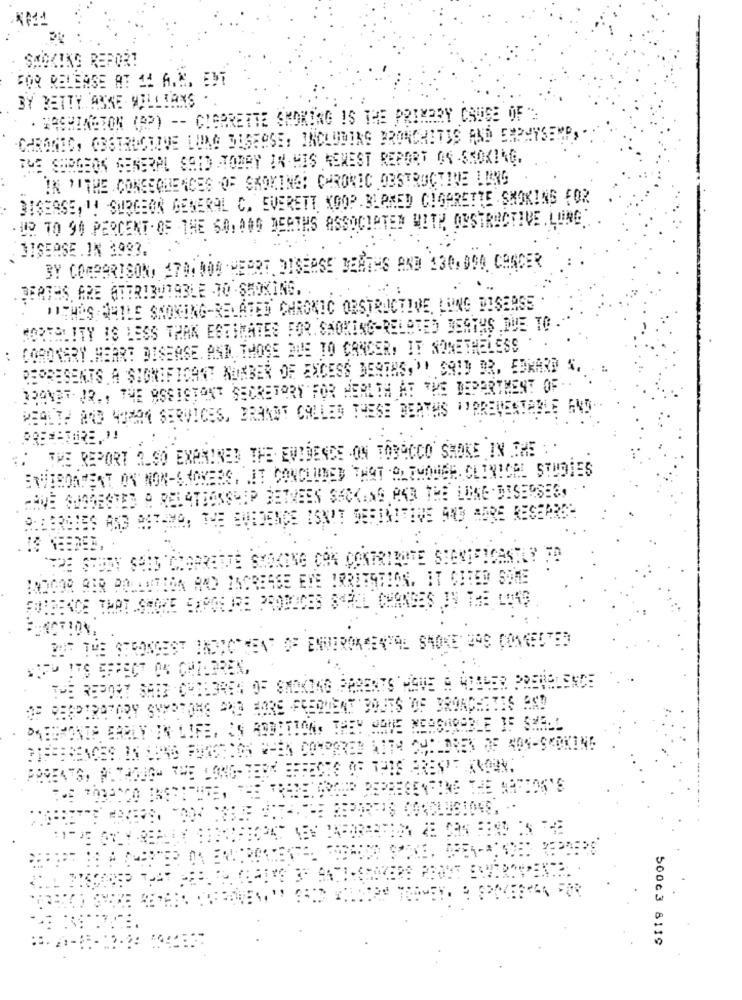
SMOKING REPORT
FOR RELEASE AT 11 A.M. EDT
BY BETTY ASKE WILLIANS . .
. WASHINGTON (AP) -- CIGARETTE SMOKING IS THE PRIMARY CAUSE OF '
CHRONIC, OBSTRUCTIVE LUNG DISEASE, INCLUDING BRONCHITIS AND EMPHYSEMA
THE SURGEON GENERAL SAID TODAY IN HIS MENEST REPORT ON -SMOKING.
IN 'ITHE CONSEQUENCES OF SKOKING! CHRONIC OBSTRUCTIVE LUNG
DISEASE, 1! SURGEON GENERAL C. EVERETT KOOP. BLAMED CIGARETTE SMOKING FOR
- UD TO 90 PERCENT. OF THE 60, 0OG DEATHS ASSOCIATED WITH OYSTRUCTIVE . LONG"
DISEASE . IN 3993.
BY COMPARISON, 47DINOS HEBRE. DISEASE DEATHS AND 130.000 CANCER
. DEATHS ARE ATTRIBUTABLE TO SMOKING.
. ...
"ITHAS QUILE SKONING-RELATED CHRONIC OBSTRUCTIVE, LUNG DISEASE
MORTALITY IS LESS THAN ESTIMATES FOR. SMOKING-RELATED DEATHS DUE TO -
CORONARY .HERRE DISEASE, AND THOSE DUE TO CANCER. IT NONETHELESS
REPRESENTS A SIGNIFICANT NUMBER OF EXCESS BESONS," SAID BR, EDKARD S.
JOANOF JR ., THE ASSISTANT SECRETARY FOR HEALTH AT THE DEPARTMENT OF ..
WEALTH AND WOHN SERVICES, BRANDT CALLED THESE DEATHS "PREVENTABLE AND
PRE == TORE ,!!
THE REPORT 2.90 EXAMINED THE EVIDENCE -ON TOBACCO SHOKE IN IME : .
EWIRONMENT ON NON-SHOWERS, IT CONCLUDED THAT ALTHOUGH. CLINICAL STUDIES
HAVE SUGGESTED A RELATIONSHIP BETWEEN SACKING PAR THE LUNG DISERSES,
ALBERGUES AND ASTHMA; THE EVIDENCE ISN'T DEFINITIVE AND MORE RESEPRS'
BROGOR BER POLLUTION AND INCREASE EYE IRRITSTION. IT CITED SOME
EVIDENCE THAT SMOKE EXPOSURE PRODUCES SAHEL CHANGES IN THE L:49
WIRD ITS SFFECT ON CHILDREN,
THE REPORT SHED CHILDREN OF SMOKING PARENTS HAVE A WOBLER PRENBLENDE
OF RESPIRATORY SYMPTOMS AND MORE FREQUENT BOUTS OF BRONCHITIS AND
EN LIFE,
EN RODETION. THEY HAVE MEASURABLE IF SHALL
DABERONIF ERR
VE LONG-
REPRESENTING THE ARFED
50063 8119